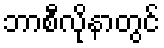
ဘာစီလိုနာတွင်